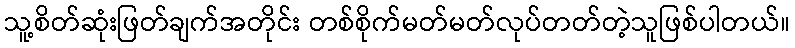
သူ့စိတ်ဆုံးဖြတ်ချက်အတိုင်း တစ်စိုက်မတ်မတ်လုပ်တတ်တဲ့သူဖြစ်ပါတယ်။